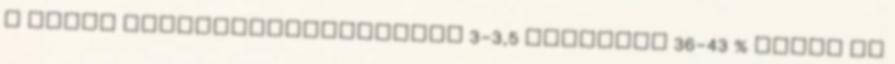
a neves társadalomtörténész 3-3,5 millióra 36-43 % tette az